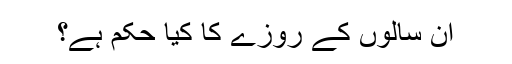
ان سالوں کے روزے کا کیا حکم ہے؟